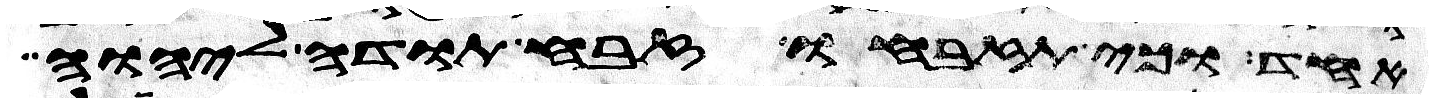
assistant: אחד וכי תזבחו זבח תודה ליהוה